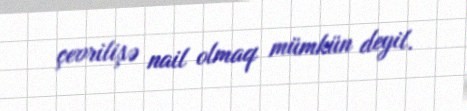
çevrilişə nail olmaq mümkün deyil.